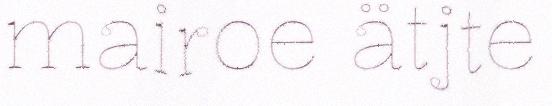
mairoe ätjte